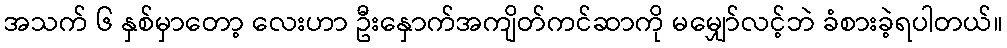
အသက် ၆ နှစ်မှာတော့ လေးဟာ ဦးနှောက်အကျိတ်ကင်ဆာကို မမျှော်လင့်ဘဲ ခံစားခဲ့ရပါတယ်။